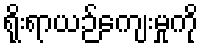
ရိုးရာယဉ်ကျေးမှုကို